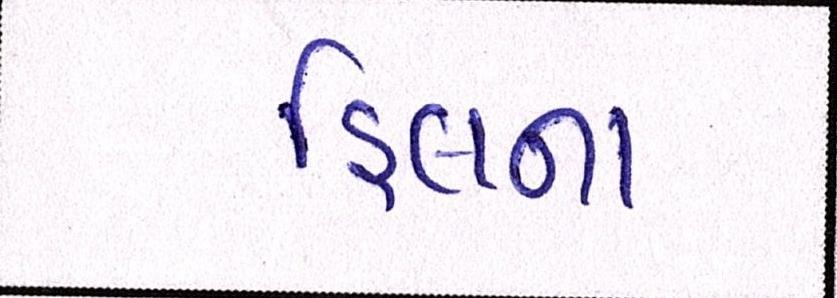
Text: હિલના